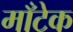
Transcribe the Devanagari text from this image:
माँटेक